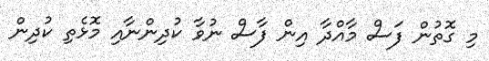
މި ގޮތުން ފަސް މާއްދާ އިން ފާސް ނުވާ ކުދިންނާއި މޮޅެތި ކުދިން